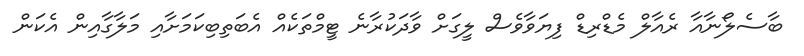
ބާސެލޯނާއާ ރެއާލް މެޑްރިޑް ފިޔަވާވެސް ލީގަށް ވާދަކުރާނެ ޓީމްތަކެއް އެބަތިބިކަމަށާއި މަލާގާއިން އެކަން